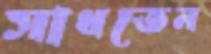
সাধতেন